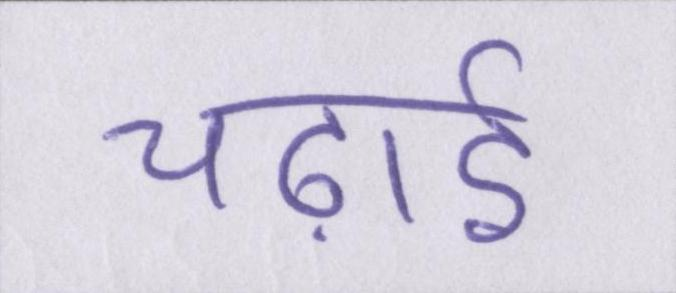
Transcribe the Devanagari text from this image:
चढ़ाई